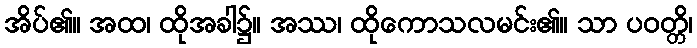
အိပ်၏။ အထ၊ ထိုအခါ၌။ အဿ၊ ထိုကောသလမင်း၏။ သာ ပဝတ္တိ၊